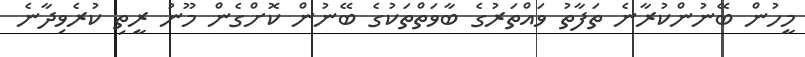
މީހުން ބޭނުންކުރާނެ ތަފާތު ވައްތަރުގެ ބާވަތްތަކުގެ ބޭނުން ކޮށްގެން މޫނު ރީތި ކުރެވިދާނެ